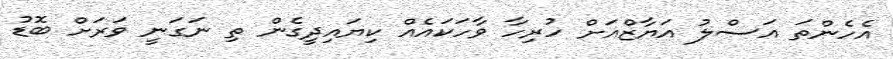
އެހެންތަ އަސްލު އަޔާޒްއަށް ހުރިހާ ވާހަކައެއް ކިޔައިދީގެން ތި ނަގަނީ ވަރަށް ބޮޑު